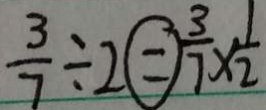
\frac { 3 } { 7 } \div 2 \textcircled { = } \frac { 3 } { 7 } \times \frac { 1 } { 2 }